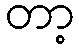
တာ့